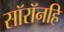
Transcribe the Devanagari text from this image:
सॉरॉनहि